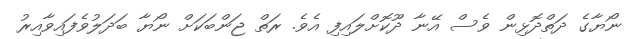
ނޯޔާގެ ދަތްދޮޅިން ވެސް އޭނާ ދޫކޮށްލައިފި އެވެ. ރަތް ޖަންބަކަށް ނޯޔާ ބަދަލުވެފައިވާއިރު